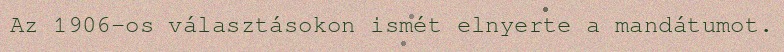
Az 1906-os választásokon ismét elnyerte a mandátumot.